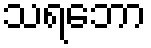
သရဘော